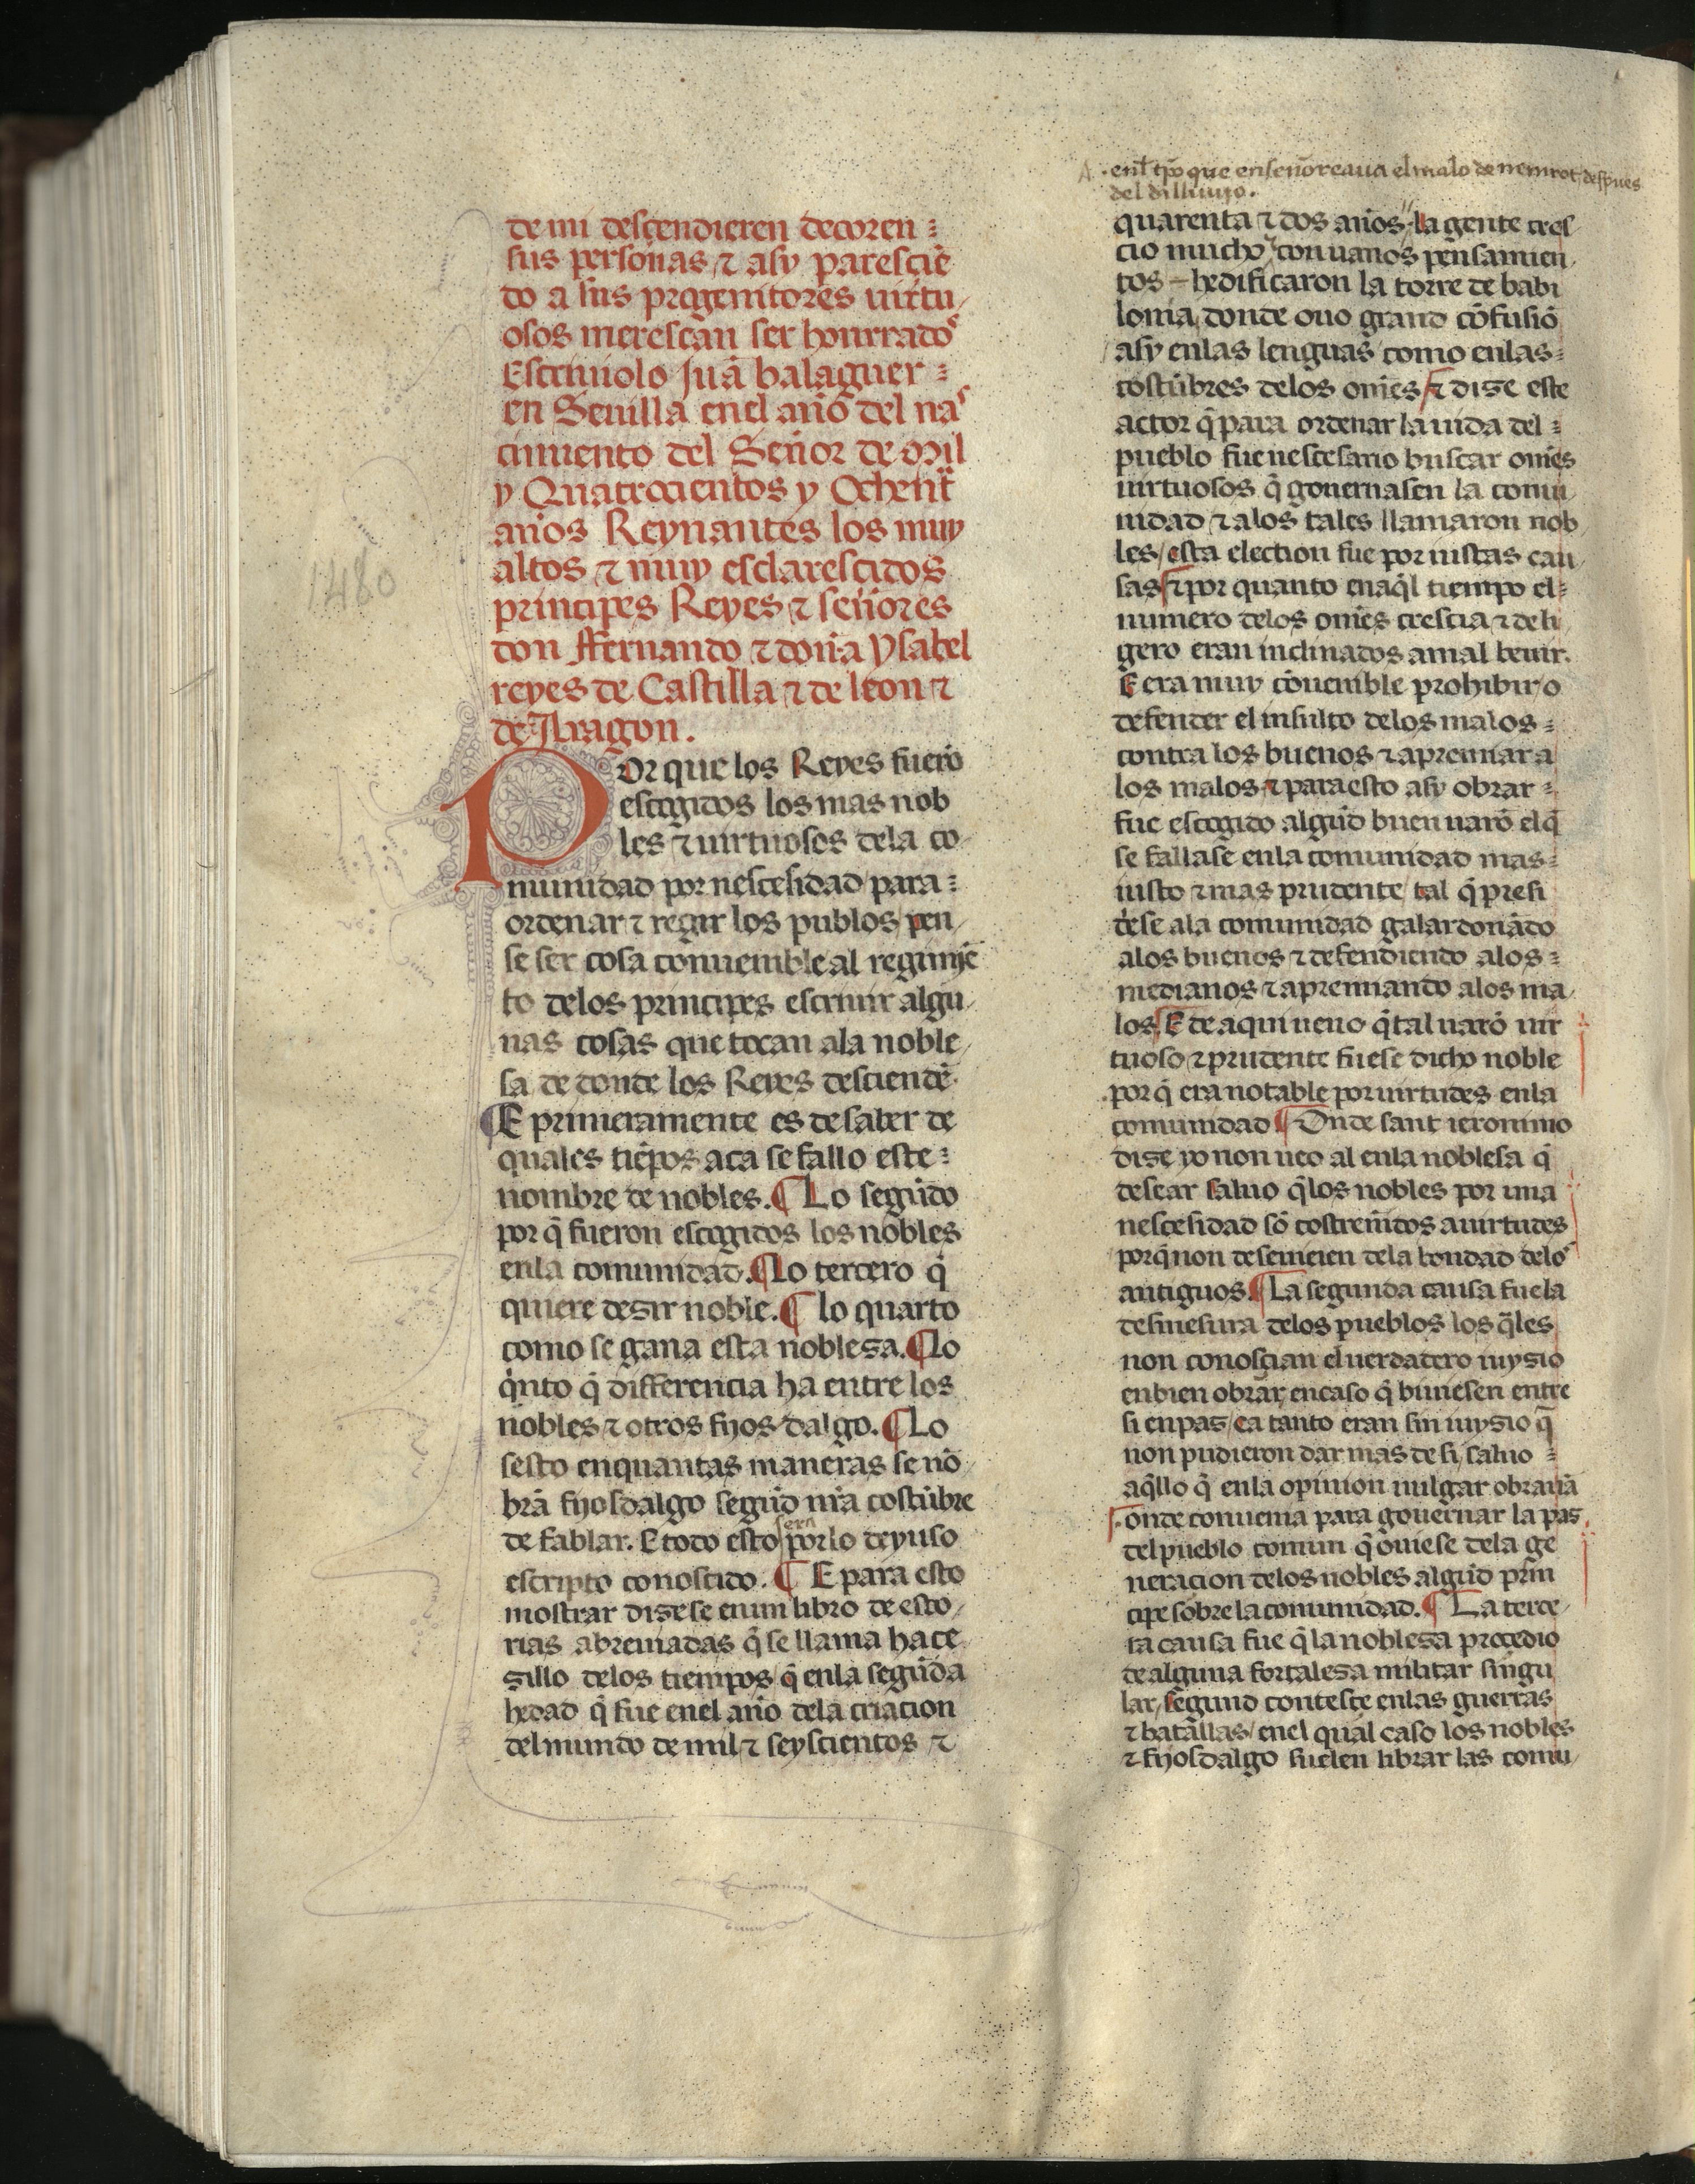
Shelfmark: Madrid, Fundación Lázaro Galdiano, mss 289
Century: 15